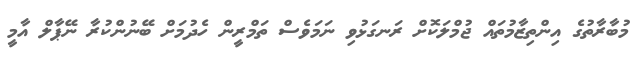
މުބާރާތުގެ އިންތިޒާމުތައް ޖުމްލަކޮށް ރަނގަޅުވި ނަމަވެސް ތަމްރީން ހެދުމަށް ބޭނުންކުރާ ނޭޕާލް އާމީ